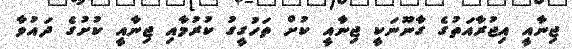
ޖިނާއީ އިޖުރާއަތުގެ ގާނޫނަކީ ޖިނާއީ ކުށް ތަހުގީގު ކުރުމާއި ޖިނާއީ ކުށުގެ ދައުވާ